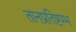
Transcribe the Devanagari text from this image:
तानप्रतिष्टम्भ